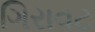
ગિરાવટ